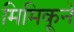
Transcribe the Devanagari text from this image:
मिमिकूने